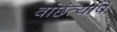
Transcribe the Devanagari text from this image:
वांछंत्यपि